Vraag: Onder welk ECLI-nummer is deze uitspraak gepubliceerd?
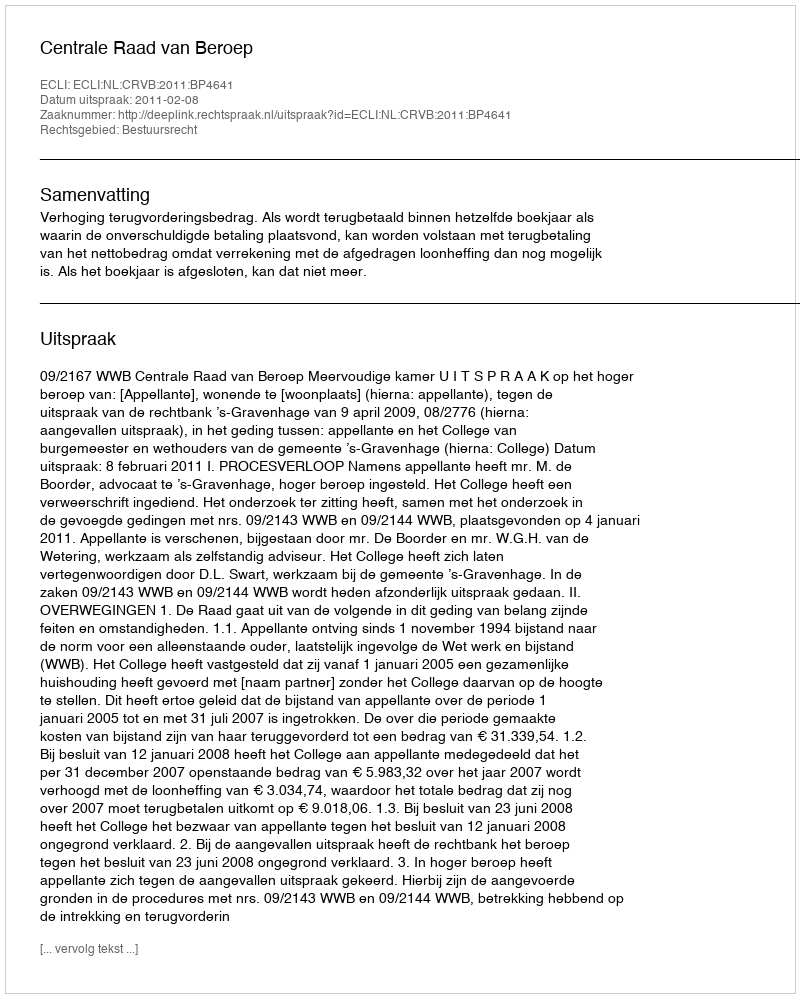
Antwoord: ECLI:NL:CRVB:2011:BP4641